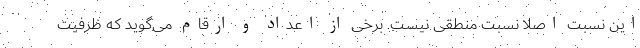
این نسبت اصلا نسبت منطقی نیست. برخی از اعداد و ارقام می‌گوید که ظرفیت